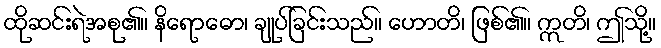
ထိုဆင်းရဲအစု၏။ နိရောဓော၊ ချုပ်ခြင်းသည်။ ဟောတိ၊ ဖြစ်၏။ ဣတိ၊ ဤသို့။